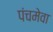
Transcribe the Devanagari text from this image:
पंचमेवा